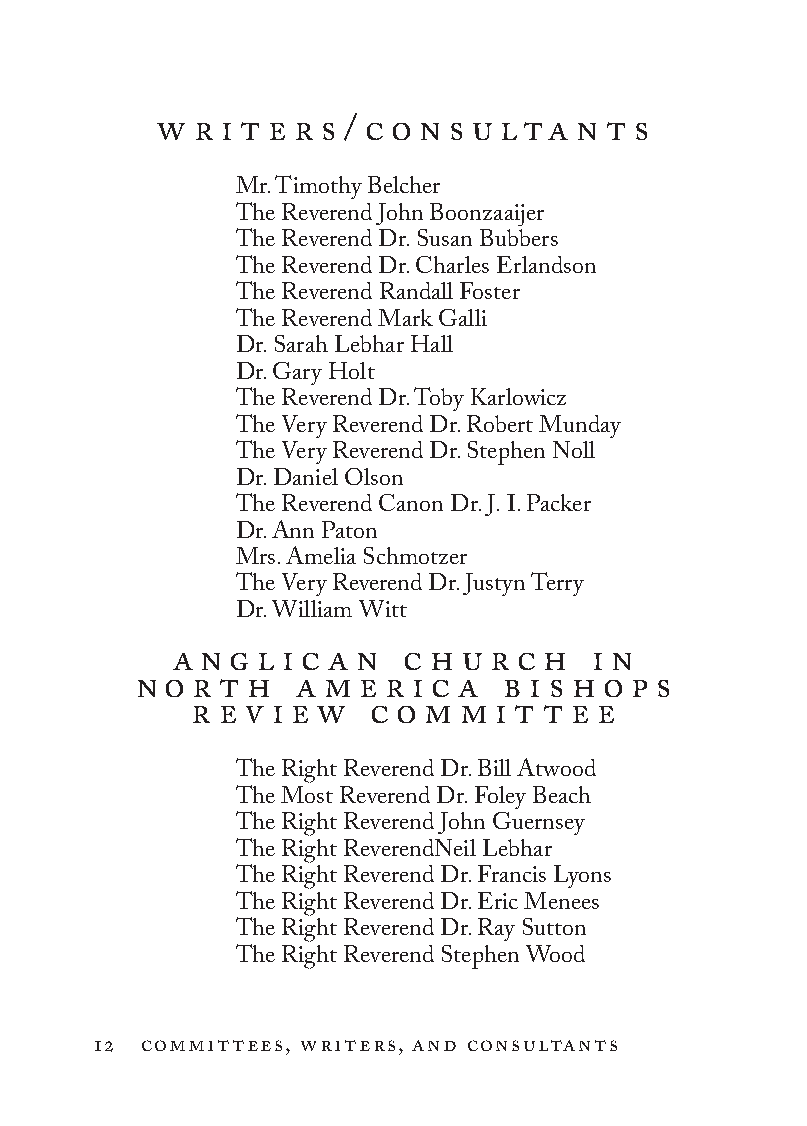
w r i t e r s / c o n s u lta n t s
 Mr. Timothy Belcher
 The Reverend John Boonzaaijer
 The Reverend Dr. Susan Bubbers
 The Reverend Dr. Charles Erlandson
 The Reverend Randall Foster
 The Reverend Mark Galli
 Dr. Sarah Lebhar Hall
 Dr. Gary Holt
 The Reverend Dr. Toby Karlowicz
 The Very Reverend Dr. Robert Munday
 The Very Reverend Dr. Stephen Noll
 Dr. Daniel Olson
 The Reverend Canon Dr. J. I. Packer
 Dr. Ann Paton
 Mrs. Amelia Schmotzer
 The Very Reverend Dr. Justyn Terry
 Dr. William Witt
 a n g l i c a n c h u r c h i n
 n o r t h  a m e r i c a b i s h o p s
 r e v i e w c o m m i t t e e
 The Right Reverend Dr. Bill Atwood
 The Most Reverend Dr. Foley Beach
 The Right Reverend John Guernsey
 The Right ReverendNeil Lebhar
 The Right Reverend Dr. Francis Lyons
 The Right Reverend Dr. Eric Menees
 The Right Reverend Dr. Ray Sutton
 The Right Reverend Stephen Wood
 12 committees, writers, and consultants
 To be a Christian.566776.int.indd 12        11/13/19 1:31 PM